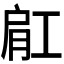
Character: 𬛀